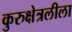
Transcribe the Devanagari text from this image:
कुरुक्षेत्रलीला